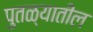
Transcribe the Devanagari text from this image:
पुतळ्यातील